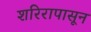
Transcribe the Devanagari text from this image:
शरिरापासून